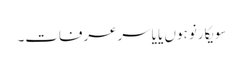
سویکارنو ہوں یا یاسرعرفات۔